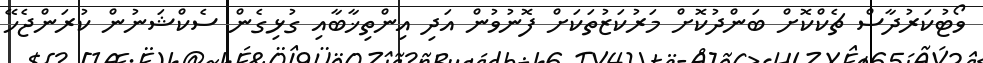
ވޯޓުކަރުދާސް ޗެކްކޮށް ބަންދުކޮށް މަރުކަޒުތަކަށް ފޮނުވުން އަދި އިންތިޚާބާއި ގުޅިގެން ސެކްޝަނުން ކުރަންޖެހޭ